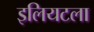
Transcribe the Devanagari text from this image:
इलियटला